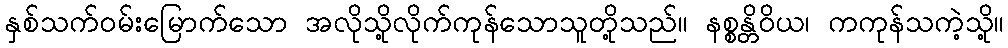
နှစ်သက်ဝမ်းမြောက်သော အလိုသို့လိုက်ကုန်သောသူတို့သည်။ နစ္စန္တိဝိယ၊ ကကုန်သကဲ့သို့။